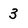
Character: 3